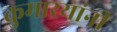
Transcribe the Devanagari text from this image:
कुमारयांनी